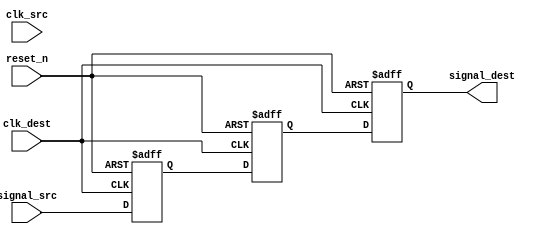
module signal_level_crossing_synchronizer #(
    parameter WIDTH = 1  // Width of the input signal
)(
    input  wire           clk_src,        // Source clock
    input  wire           clk_dest,       // Destination clock
    input  wire [WIDTH-1:0] signal_src,   // Input signal from source clock domain
    input  wire           reset_n,        // Active low reset
    output reg [WIDTH-1:0] signal_dest    // Synchronized output signal
);

    // Internal registers for the flip-flops
    reg [WIDTH-1:0] sync_ff1;
    reg [WIDTH-1:0] sync_ff2;

    // Asynchronous reset and dual flip-flop sampling in the destination clock domain
    always @(posedge clk_dest or negedge reset_n) begin
        if (!reset_n) begin
            sync_ff1 <= {WIDTH{1'b0}};
            sync_ff2 <= {WIDTH{1'b0}};
            signal_dest <= {WIDTH{1'b0}};
        end else begin
            sync_ff1 <= signal_src;     // Capture the input signal
            sync_ff2 <= sync_ff1;       // Second stage for metastability resolution
            signal_dest <= sync_ff2;     // Output the synchronized signal
        end
    end

endmodule